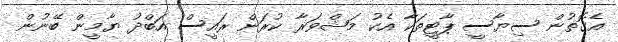
އެގޮތުން ސިޔާސީ ޕާޓީތަކާ އެކު މަޝްވަރާ ކުރަން ރައީސް އަބްދު ޔާމީން ބޭނުން